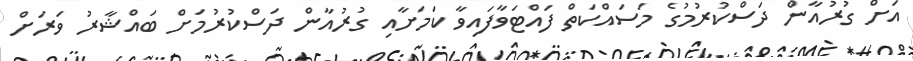
އަށް ގުރުއާން ދަސްކުރުމުގެ މަސައްކަތް ފައްޓަވާފައިވާ ކަމަށާއި ގުރުއާން ދަސްކުރުމަށް ބައްޝާރު ވަރަށް